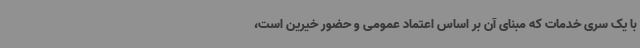
با یک سری خدمات که مبنای آن بر اساس اعتماد عمومی و حضور خیرین است،